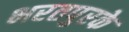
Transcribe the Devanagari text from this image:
भरतपुरके